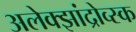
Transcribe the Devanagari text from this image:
अलेक्झांद्रोव्स्क